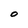
Character: O